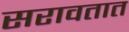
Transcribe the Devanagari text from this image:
सरावतात